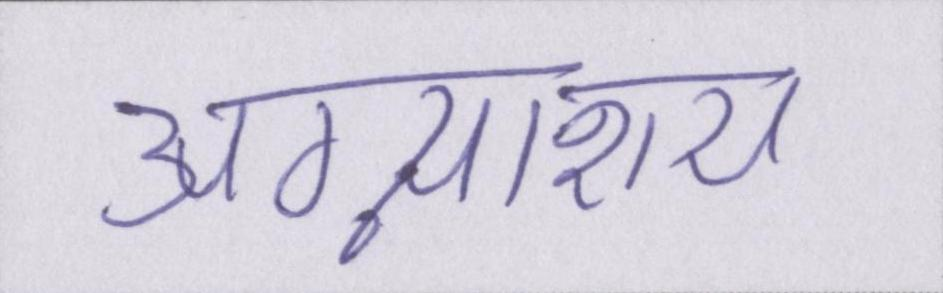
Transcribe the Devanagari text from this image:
अग्न्याशय